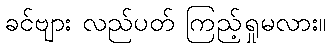
ခင်ဗျား လည်ပတ် ကြည့်ရှုမလား။